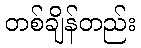
တစ်ချိန်တည်း